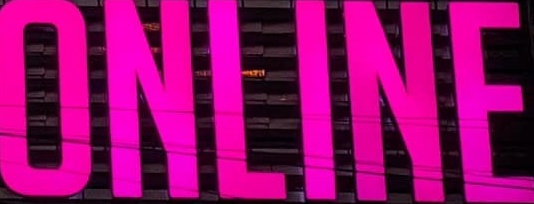
ONLINE